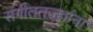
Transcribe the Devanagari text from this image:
संगीततज्ज्ञांना